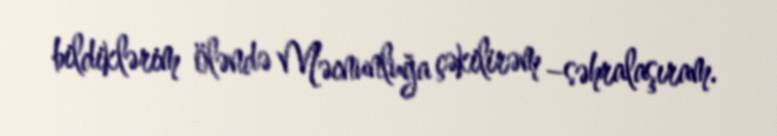
bildiklərim öləndə Məcnunluğa çəkilirəm –səhralaşıram.